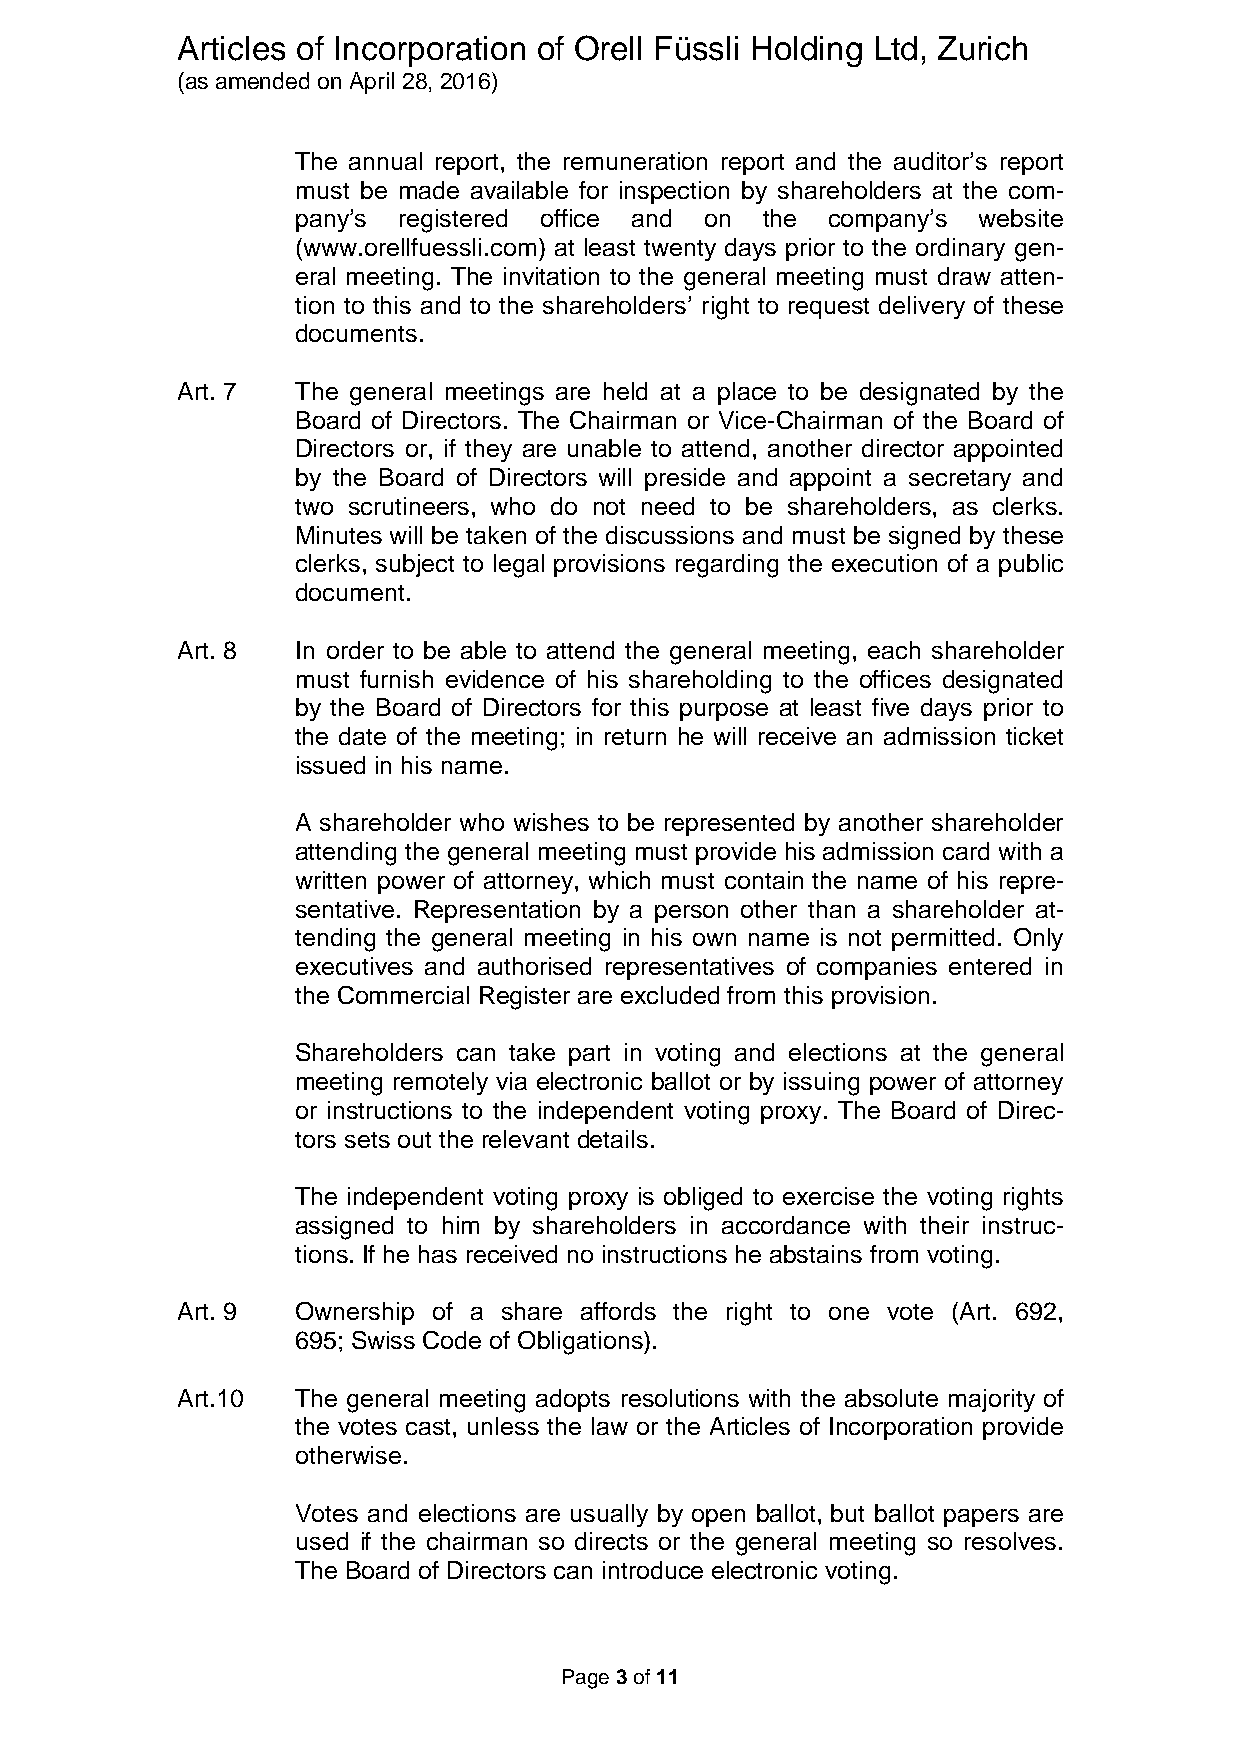
Articles of Incorporation of Orell Füssli Holding Ltd, Zurich
 (as amended on April 28, 2016)
 The annual report, the remuneration report and the auditor’s report
 must be made available for inspection by shareholders at the com-
 pany’s registered office and on the company’s website
 (www.orellfuessli.com) at least twenty days prior to the ordinary gen-
 eral meeting. The invitation to the general meeting must draw atten-
 tion to this and to the shareholders’ right to request delivery of these
 documents.
 Art. 7  The general meetings are held at a place to be designated by the
 Board of Directors. The Chairman or Vice-Chairman of the Board of
 Directors or, if they are unable to attend, another director appointed
 by the Board of Directors will preside and appoint a secretary and
 two scrutineers, who do not need to be shareholders, as clerks.
 Minutes will be taken of the discussions and must be signed by these
 clerks, subject to legal provisions regarding the execution of a public
 document.
 Art. 8  In order to be able to attend the general meeting, each shareholder
 must furnish evidence of his shareholding to the offices designated
 by the Board of Directors for this purpose at least five days prior to
 the date of the meeting; in return he will receive an admission ticket
 issued in his name.
 A shareholder who wishes to be represented by another shareholder
 attending the general meeting must provide his admission card with a
 written power of attorney, which must contain the name of his repre-
 sentative. Representation by a person other than a shareholder at-
 tending the general meeting in his own name is not permitted. Only
 executives and authorised representatives of companies entered in
 the Commercial Register are excluded from this provision.
 Shareholders can take part in voting and elections at the general
 meeting remotely via electronic ballot or by issuing power of attorney
 or instructions to the independent voting proxy. The Board of Direc-
 tors sets out the relevant details.
 The independent voting proxy is obliged to exercise the voting rights
 assigned to him by shareholders in accordance with their instruc-
 tions. If he has received no instructions he abstains from voting.
 Art. 9  Ownership of a share affords the right to one vote (Art. 692,
 695; Swiss Code of Obligations).
 Art.10  The general meeting adopts resolutions with the absolute majority of
 the votes cast, unless the law or the Articles of Incorporation provide
 otherwise.
 Votes and elections are usually by open ballot, but ballot papers are
 used if the chairman so directs or the general meeting so resolves.
 The Board of Directors can introduce electronic voting.
 Page 3 of 11